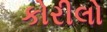
કોરીલો